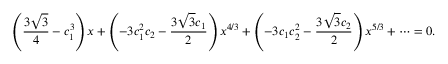
\left( \frac { 3 \sqrt { 3 } } { 4 } - c _ { 1 } ^ { 3 } \right) x + \left( - 3 c _ { 1 } ^ { 2 } c _ { 2 } - \frac { 3 \sqrt { 3 } c _ { 1 } } { 2 } \right) x ^ { 4 / 3 } + \left( - 3 c _ { 1 } c _ { 2 } ^ { 2 } - \frac { 3 \sqrt { 3 } c _ { 2 } } { 2 } \right) x ^ { 5 / 3 } + \cdots = 0 .